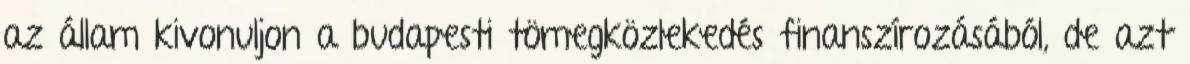
az állam kivonuljon a budapesti tömegközlekedés finanszírozásából, de azt